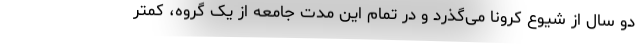
دو سال از شیوع کرونا می‌گذرد و در تمام این مدت جامعه از یک گروه، کمتر